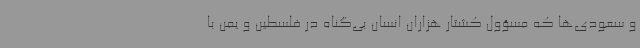
و سعودی‌ها که مسؤول کشتار هزاران انسان بی‌گناه در فلسطین و یمن با